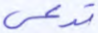
تدعى